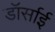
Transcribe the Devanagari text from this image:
डॉर्साई